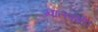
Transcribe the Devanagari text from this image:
ग्वालवंशी।